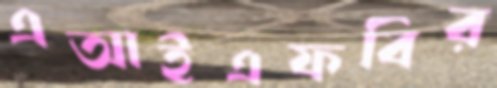
এআইএফবির